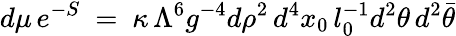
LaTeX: d\mu\, e^{-S}~=~\kappa\, \Lambda^{6}g^{-4}d\rho^{2}\, d^{4}x_{0}\, l_{0}^{-1}d^{2}\theta\, d^{2}\bar{\theta}